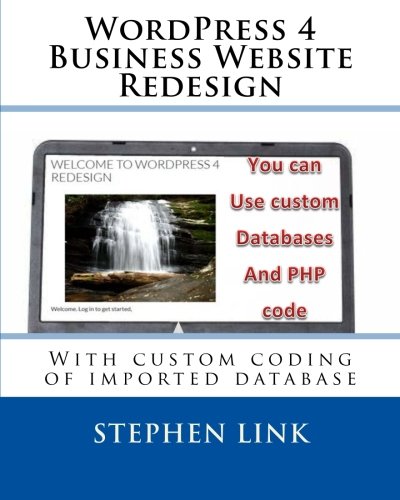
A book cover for WordPress 4 Business Website Redesign: With custom coding of imported database; Stephen Link; Computers & Technology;